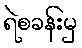
ရဲစခန်းမှ